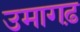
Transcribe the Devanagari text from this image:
उमागढ़